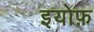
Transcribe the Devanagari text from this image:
इयोफ़